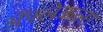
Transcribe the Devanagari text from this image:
ॲफ्लेकला